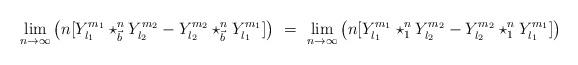
LaTeX: \begin{align*}\lim_{n\rightarrow\infty}\left( n[Y_{l_{1}}^{m_{1}}\star_{\vec{b}}^{n}Y_{l_{2}}^{m_{2}}-Y_{l_{2}}^{m_{2}}\star_{\vec{b}}^{n}Y_{l_{1}}^{m_{1}}]\right) \ =\ \lim_{n\rightarrow\infty}\left( n[Y_{l_{1}}^{m_{1}}\star_{1}^{n}Y_{l_{2}}^{m_{2}}-Y_{l_{2}}^{m_{2}}\star_{1}^{n}Y_{l_{1}}^{m_{1}}]\right)\end{align*}